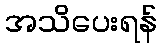
အသိပေးရန်